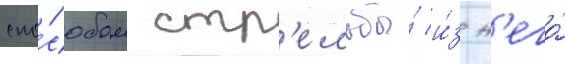
спо́собом стр'ельбы́ и́з н'его́